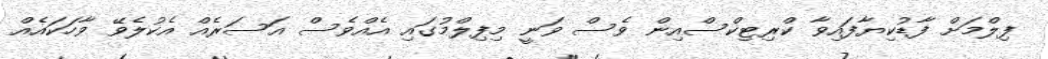
ފިލްމަށް ފާޑުކިޔާފައިވާ ކްރިޓިކްސްއިން ވެސް ވަނީ މިފިލްމުގައި އެއްވެސް އަސަރެއް އެކުލެވޭ ވާހަކައެއް